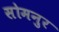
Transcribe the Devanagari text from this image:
सोमनुर